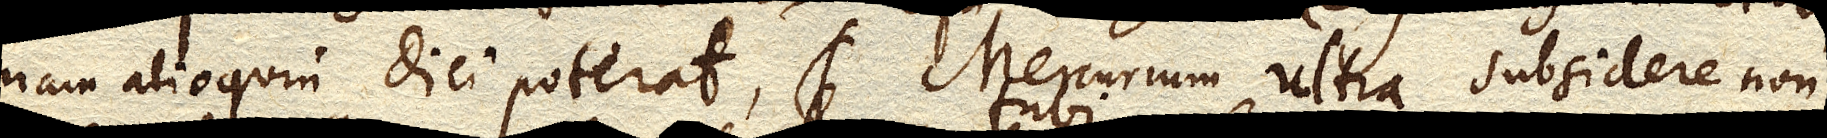
nam alioquin dici poterat, Mercurium ultra subsidere non